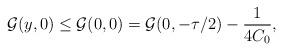
LaTeX: \begin{align*}\mathcal{G}(y,0)\leq\mathcal{G}(0,0)=\mathcal{G}(0,-\tau/2)-\frac{1}{4C_{0}},\end{align*}